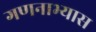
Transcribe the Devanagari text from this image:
गणनाभ्यास